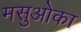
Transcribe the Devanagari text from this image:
मसुओका